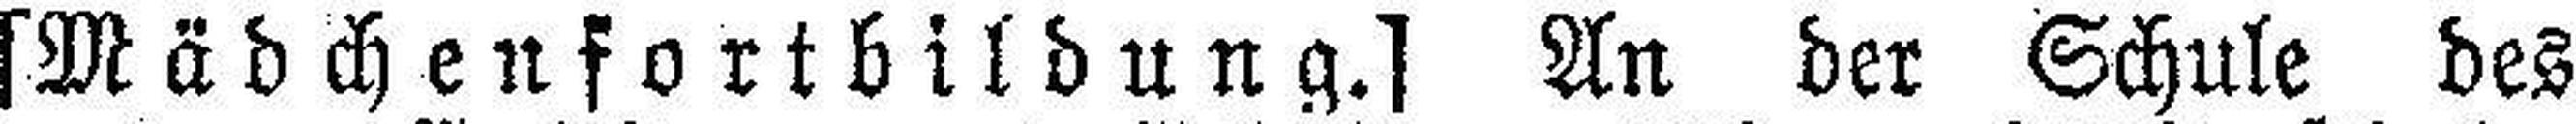
[Mädchenfortbildung.] An der Schule des